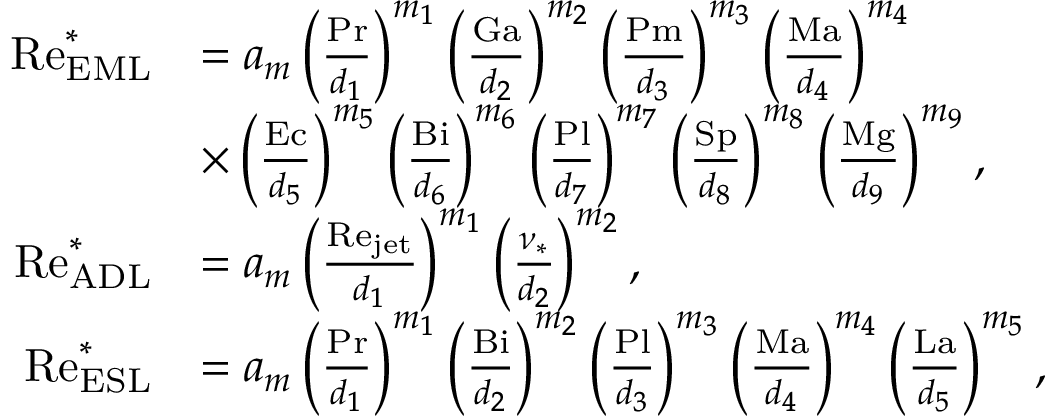
\begin{array} { r l } { \mathrm { R e } _ { \mathrm { E M L } } ^ { \ast } } & { = a _ { m } \left( \frac { \mathrm { P r } } { d _ { 1 } } \right) ^ { m _ { 1 } } \left( \frac { \mathrm { G a } } { d _ { 2 } } \right) ^ { m _ { 2 } } \left( \frac { \mathrm { P m } } { d _ { 3 } } \right) ^ { m _ { 3 } } \left( \frac { \mathrm { M a } } { d _ { 4 } } \right) ^ { m _ { 4 } } } \\ & { \times \left( \frac { \mathrm { E c } } { d _ { 5 } } \right) ^ { m _ { 5 } } \left( \frac { \mathrm { B i } } { d _ { 6 } } \right) ^ { m _ { 6 } } \left( \frac { \mathrm { P l } } { d _ { 7 } } \right) ^ { m _ { 7 } } \left( \frac { \mathrm { S p } } { d _ { 8 } } \right) ^ { m _ { 8 } } \left( \frac { \mathrm { M g } } { d _ { 9 } } \right) ^ { m _ { 9 } } , } \\ { \mathrm { R e } _ { \mathrm { A D L } } ^ { \ast } } & { = a _ { m } \left( \frac { \mathrm { R e } _ { \mathrm { j e t } } } { d _ { 1 } } \right) ^ { m _ { 1 } } \left( \frac { \nu _ { \ast } } { d _ { 2 } } \right) ^ { m _ { 2 } } , } \\ { \mathrm { R e } _ { \mathrm { E S L } } ^ { \ast } } & { = a _ { m } \left( \frac { \mathrm { P r } } { d _ { 1 } } \right) ^ { m _ { 1 } } \left( \frac { \mathrm { B i } } { d _ { 2 } } \right) ^ { m _ { 2 } } \left( \frac { \mathrm { P l } } { d _ { 3 } } \right) ^ { m _ { 3 } } \left( \frac { \mathrm { M a } } { d _ { 4 } } \right) ^ { m _ { 4 } } \left( \frac { \mathrm { L a } } { d _ { 5 } } \right) ^ { m _ { 5 } } , } \end{array}